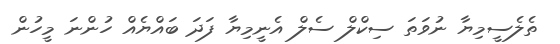
ތެލެސީމިޔާ ނުވަތަ ސިކްލް ސެލް އެނީމިޔާ ފަދަ ބައްޔެއް ހުންނަ މީހުން